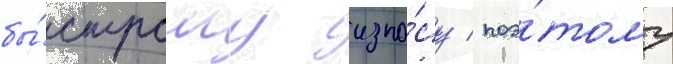
бы́строму изно́су / поэ́тому